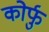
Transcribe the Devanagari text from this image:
कोर्फु